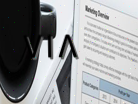
٧١٨